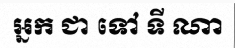
អ្នក ជា ទៅ ទី ណា